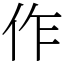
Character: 作